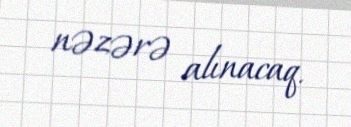
nəzərə alınacaq.